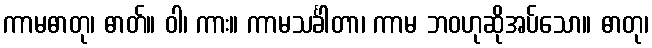
ကာမဓာတု၊ ဓာတ်။ ဝါ၊ ကား။ ကာမသင်္ခါတာ၊ ကာမ ဘဝဟုဆိုအပ်သော။ ဓာတု၊